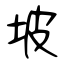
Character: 坡